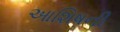
આશિષની